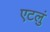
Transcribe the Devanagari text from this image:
एटलुं